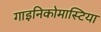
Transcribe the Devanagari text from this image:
गाइनिकोमास्टिया